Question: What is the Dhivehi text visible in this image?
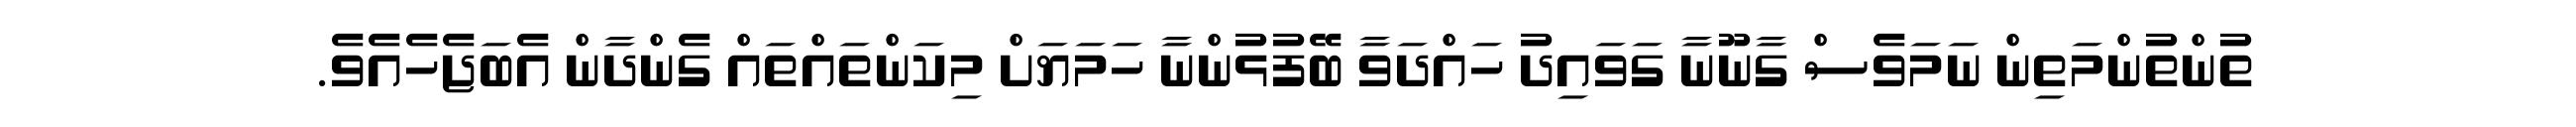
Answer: ތުންތުންމަތިން ނަމަވެސް ގާނޫނާ ގަވައިދު ހައްދަވާ ބޭފުޅުންނާ ހަމަޔަށް މިކަންތައްތައް ގެންދާން އެބަޖެހެއެވެ.